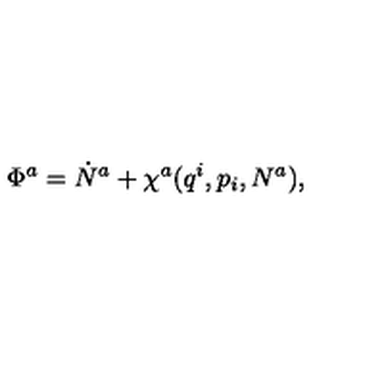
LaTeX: \Phi ^ { a } = \dot { N } ^ { a } + \chi ^ { a } ( q ^ { i } , p _ { i } , N ^ { a } ) ,